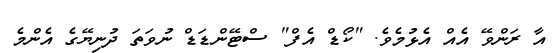
އާ ރަންވޭ އެއް އެޅުމެވެ. "ކޯޑް އެފް" ސްޓޭންޑަޑް ނުވަތަ ދުނިޔޭގެ އެންމެ